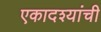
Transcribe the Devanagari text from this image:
एकादश्यांची